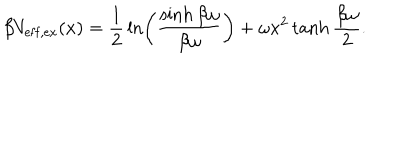
\beta V _ { \mathrm { e f f , e x } } ( x ) = \frac { 1 } { 2 } \, \ln \left( \frac { \sinh \beta \omega } { \beta \omega } \right) + \omega x ^ { 2 } \tanh \frac { \beta \omega } { 2 } .